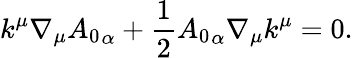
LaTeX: k^{\mu}\nabla_{\mu}{A_{0}}_{\alpha}+\frac{1}{2}{A_{0}}_{\alpha}\nabla_{\mu}k^{\mu}=0.